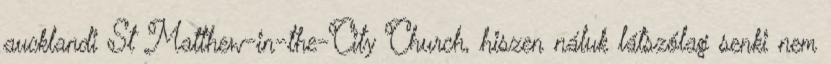
aucklandi St Matthew-in-the-City Church, hiszen náluk látszólag senki nem